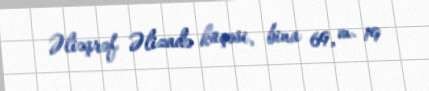
Əliəşrəf Əlizadə küçəsi, bina 69, m. 19